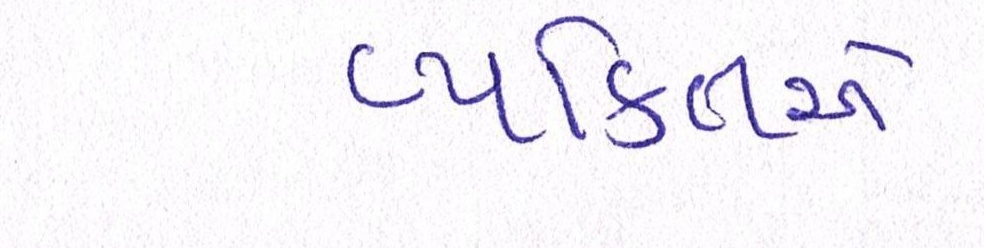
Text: વ્યકિતએ